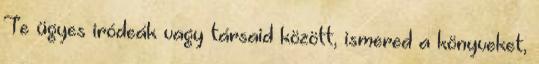
Te ügyes iródeák vagy társaid között, ismered a könyveket,